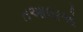
તઆલાએ